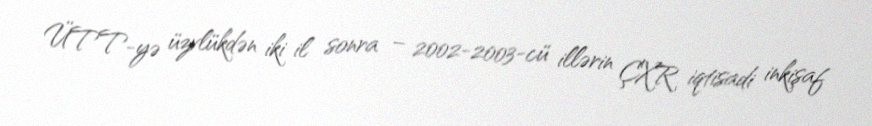
ÜTT-yə üzvlükdən iki il sonra – 2002-2003-cü illərin ÇXR iqtisadi inkişaf